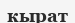
кырат